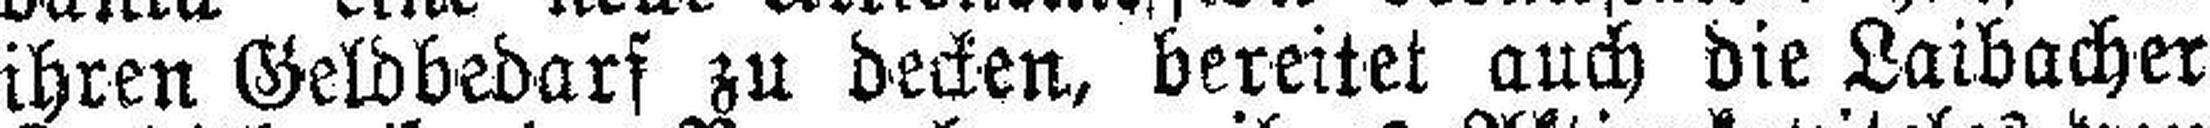
ihren Geldbedarf zu decken, bereitet auch die Laibacher